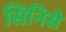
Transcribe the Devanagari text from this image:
सिनिसे